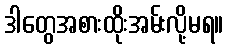
ဒါတွေအစားထိုးအမ်းလို့မရ။